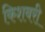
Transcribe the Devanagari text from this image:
किशबरी